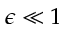
\epsilon \ll 1